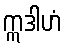
ဣဒါဟံ